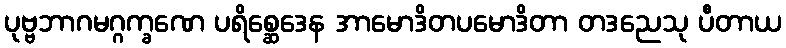
ပုဗ္ဗဘာဂမဂ္ဂက္ခဏေ ပရိစ္ဆေဒေန အာမောဒိတပမောဒိတာ တဒညေသု ပီတာယ